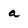
Character: a